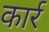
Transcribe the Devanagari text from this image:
कार्र